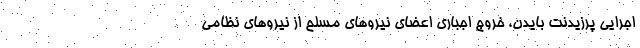
اجرایی پرزیدنت بایدن، خروج اجباری اعضای نیروهای مسلح از نیروهای نظامی